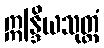
ဣန္ဒြိယသုတ္တံ